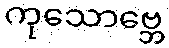
ကုသောဗ္ဘေ